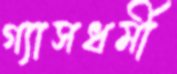
গ্যাসধর্মী